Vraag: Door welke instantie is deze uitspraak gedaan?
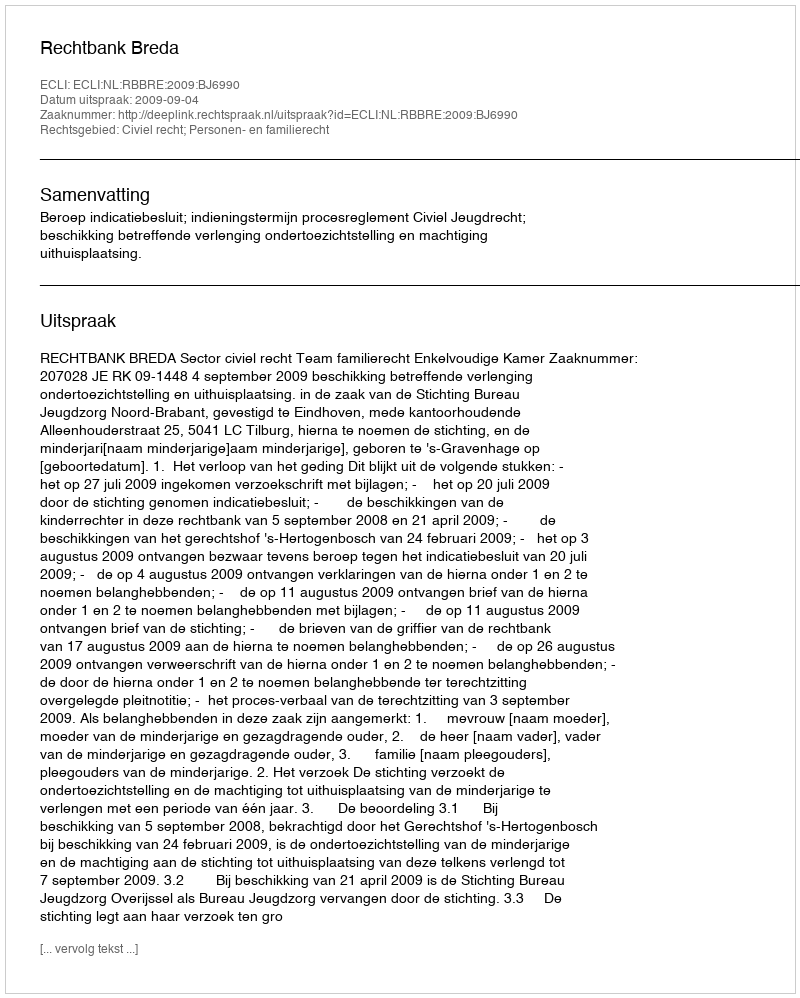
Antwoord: Rechtbank Breda